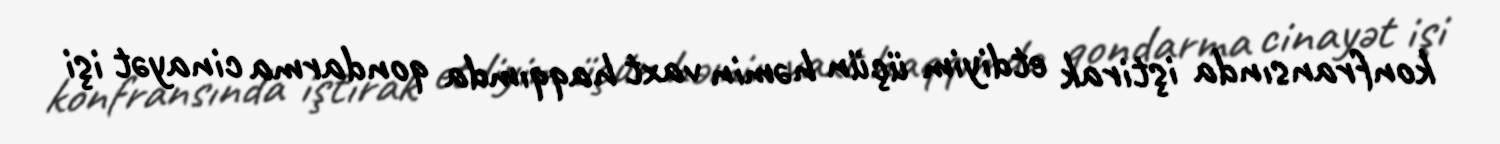
konfransında iştirak etdiyim üçün həmin vaxt haqqımda qondarma cinayət işi